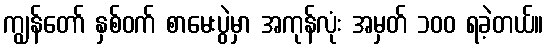
ကျွန်တော် နှစ်ဝက် စာမေးပွဲမှာ အကုန်လုံး အမှတ် ၁၀၀ ရခဲ့တယ်။